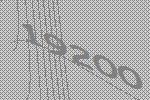
19200